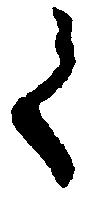
く